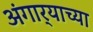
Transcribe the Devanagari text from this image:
अंगार्‍याच्या